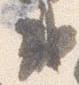
或